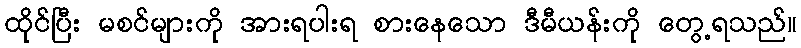
ထိုင်ပြီး မစင်များကို အားရပါးရ စားနေသော ဒီမီယန်းကို တွေ့ရသည်။